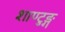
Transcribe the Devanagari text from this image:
शाण्टुङ्ग